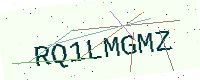
Text: RQ1LMGMZ